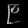
Digit: ၉